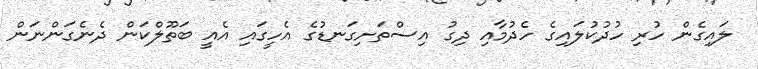
ލައިގެން ހުރި ހުދުކުލައިގެ ހެދުމާއި ދިގު އިސްތަށިގަނޑުގެ އެހީގައި އެއީ ބަތޫލްކަން ދެނެގަންނަން